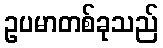
ဥပမာတစ်ခုသည်